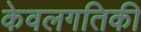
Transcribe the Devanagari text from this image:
केवलगतिकी